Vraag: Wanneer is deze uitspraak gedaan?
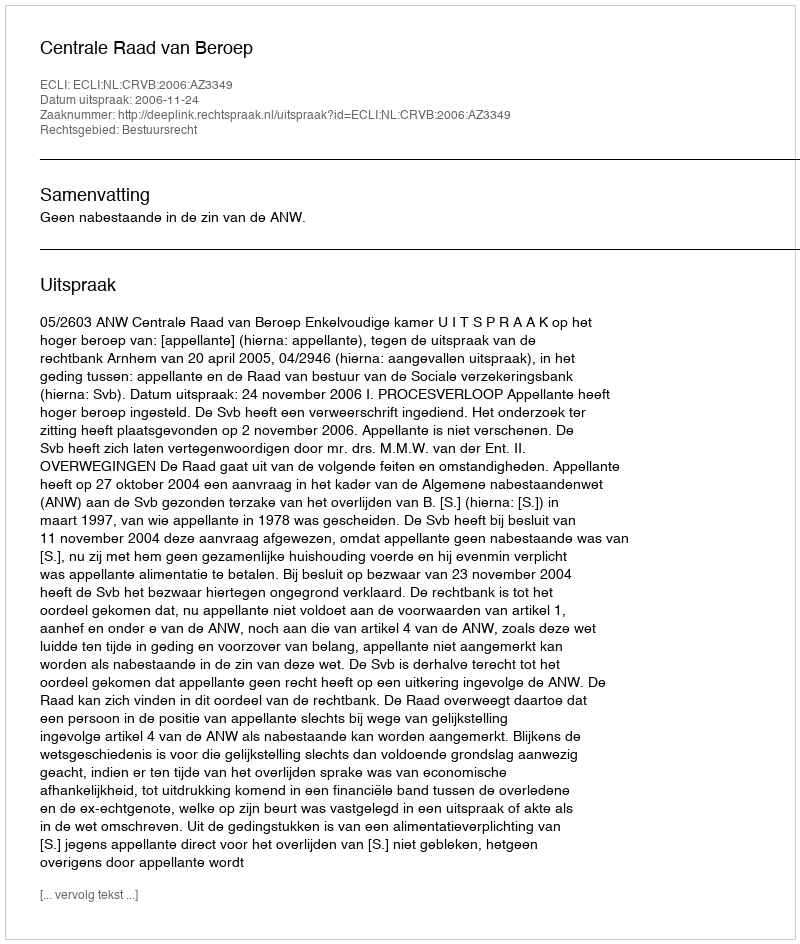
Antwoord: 2006-11-24